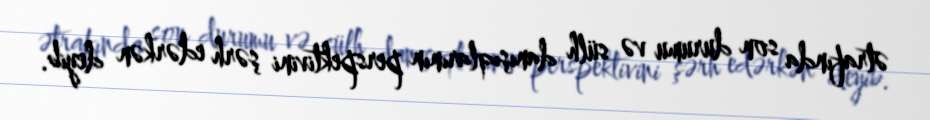
ətrafında son durumu və sülh danışıqlarının perspektivini şərh edərkən deyib.